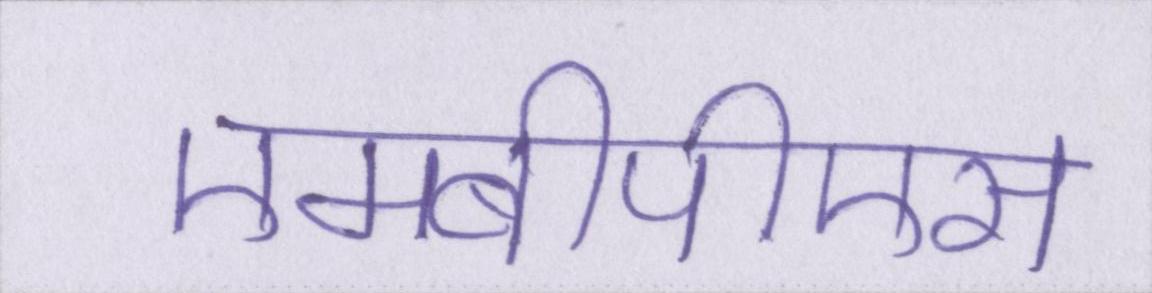
एमबीपीएस